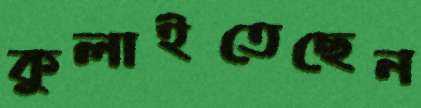
কুলাইতেছেন